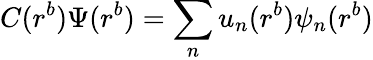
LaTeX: C(r^{b})\Psi(r^{b})=\sum_{n}u_{n}(r^{b})\psi_{n}(r^{b})